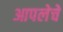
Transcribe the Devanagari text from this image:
आपलेचे